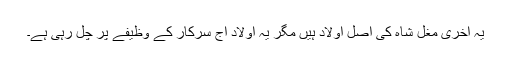
یہ آخری مْغل شاہ کی اصل اولاد ہیں مگر یہ اولاد آج سرکار کے وظیفے پر چل رہی ہے۔